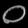
Digit: ၀